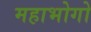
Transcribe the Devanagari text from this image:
महाभोगो